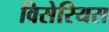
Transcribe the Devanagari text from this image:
विसेरियस